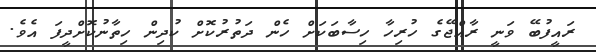
ރައީފުބޭ ވަނީ ރާއްޖޭގެ ހުރިހާ ހިސާބަކަށް ހެން ދަތުރުކޮށް ކުދިން ހިތާނުކޮށްދީފަ އެވެ.